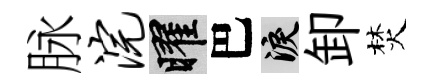
脉浣曜巴泪卸焚